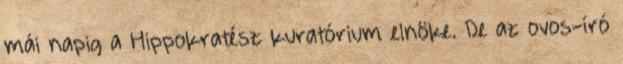
mái napig a Hippokratész kuratórium elnöke. De az ovos-író